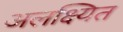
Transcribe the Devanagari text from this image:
अलक्ष्यित